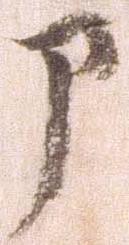
部